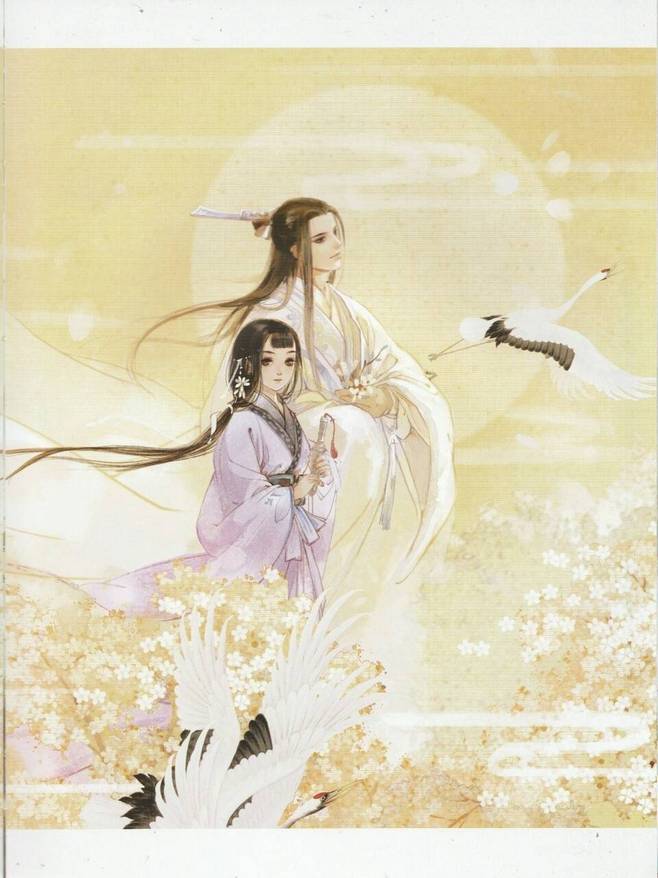
红叶满寒溪，一路空山万木齐。